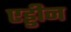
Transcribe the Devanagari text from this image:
एड्डीन